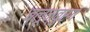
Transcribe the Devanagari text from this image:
ब्लूम्बुर्ग